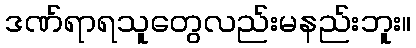
ဒဏ်ရာရသူတွေလည်းမနည်းဘူး။